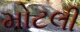
મોટલી